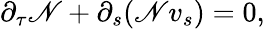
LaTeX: \partial_{\tau}\mathscr{N}+\partial_{s}{\left(\mathscr{N}v_{s}\right)}=0,